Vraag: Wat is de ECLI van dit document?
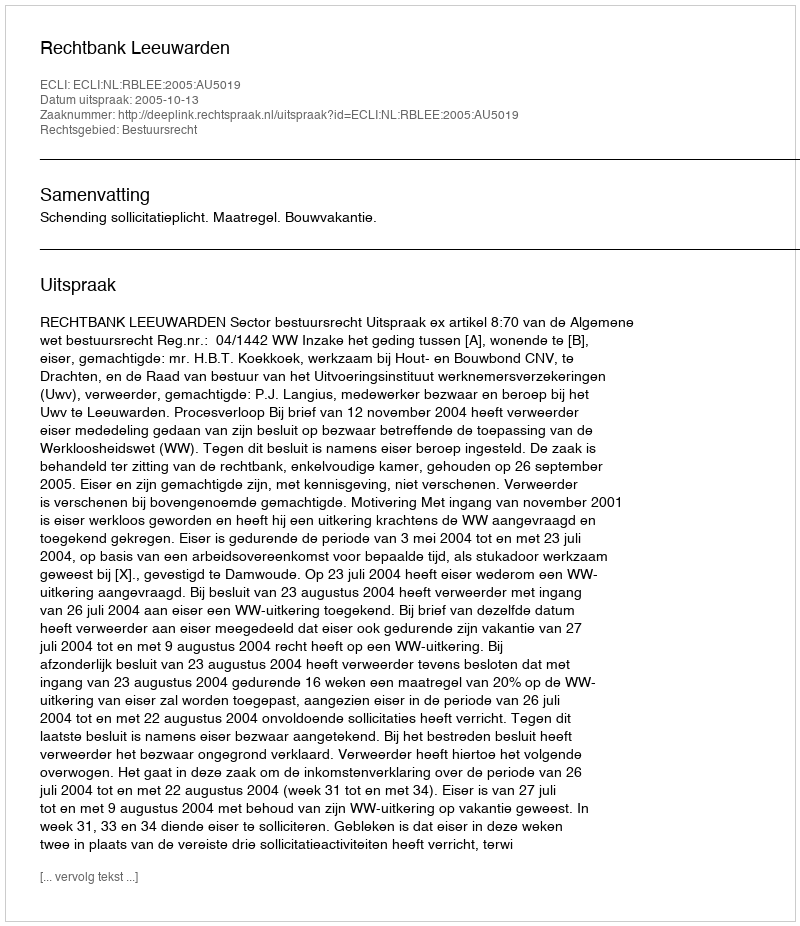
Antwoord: ECLI:NL:RBLEE:2005:AU5019